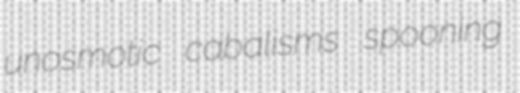
unosmotic cabalisms spooning